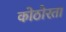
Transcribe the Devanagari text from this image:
कोठोरता